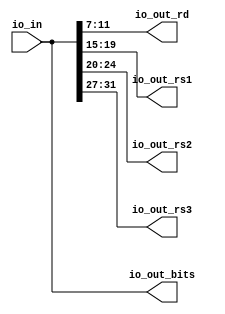
module RVCExpander( // @[:freechips.rocketchip.system.DefaultRV32Config.fir@215141.2]
  input  [31:0] io_in, // @[:freechips.rocketchip.system.DefaultRV32Config.fir@215144.4]
  output [31:0] io_out_bits, // @[:freechips.rocketchip.system.DefaultRV32Config.fir@215144.4]
  output [4:0]  io_out_rd, // @[:freechips.rocketchip.system.DefaultRV32Config.fir@215144.4]
  output [4:0]  io_out_rs1, // @[:freechips.rocketchip.system.DefaultRV32Config.fir@215144.4]
  output [4:0]  io_out_rs2, // @[:freechips.rocketchip.system.DefaultRV32Config.fir@215144.4]
  output [4:0]  io_out_rs3 // @[:freechips.rocketchip.system.DefaultRV32Config.fir@215144.4]
);
  assign io_out_bits = io_in; // @[RVC.scala 168:10:freechips.rocketchip.system.DefaultRV32Config.fir@215161.4]
  assign io_out_rd = io_in[11:7]; // @[RVC.scala 168:10:freechips.rocketchip.system.DefaultRV32Config.fir@215160.4]
  assign io_out_rs1 = io_in[19:15]; // @[RVC.scala 168:10:freechips.rocketchip.system.DefaultRV32Config.fir@215159.4]
  assign io_out_rs2 = io_in[24:20]; // @[RVC.scala 168:10:freechips.rocketchip.system.DefaultRV32Config.fir@215158.4]
  assign io_out_rs3 = io_in[31:27]; // @[RVC.scala 168:10:freechips.rocketchip.system.DefaultRV32Config.fir@215157.4]
endmodule